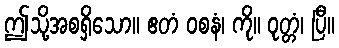
ဤသို့အစရှိသော။ ဧတံ ဝစနံ၊ ကို။ ဝုတ္တံ၊ ပြီ။